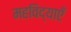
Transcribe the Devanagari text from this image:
महविद्याएँ